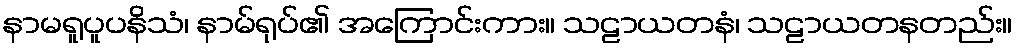
နာမရူပူပနိသံ၊ နာမ်ရုပ်၏ အကြောင်းကား။ သဠာယတနံ၊ သဠာယတနတည်း။